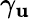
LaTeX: \gamma_{\mathbf{u}}